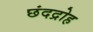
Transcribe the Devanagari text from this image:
छंदद्रोह